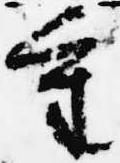
重